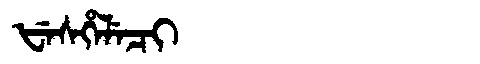
Manchu: ᡶᡝᠰᡥᡝᠯᡝᠴᡳ
Romanization: FESHELECI